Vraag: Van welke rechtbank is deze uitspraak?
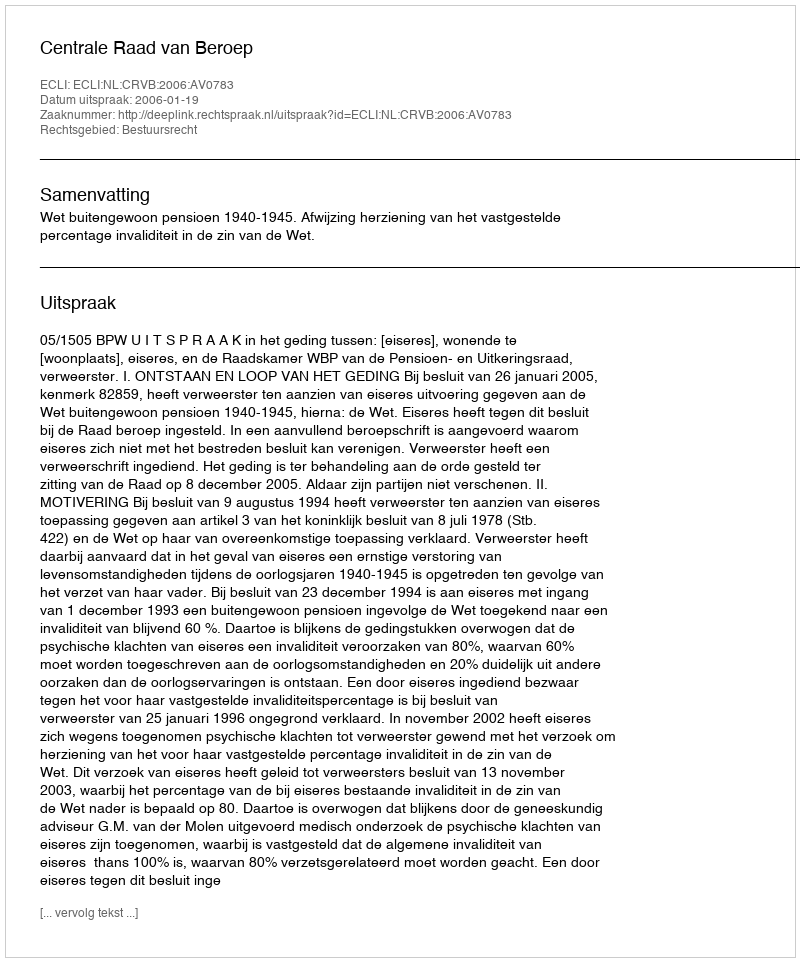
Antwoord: Centrale Raad van Beroep